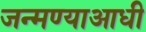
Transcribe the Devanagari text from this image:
जन्मण्याआधी